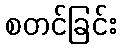
စတင်ခြင်း